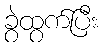
ခွဲထွက်ပြီး